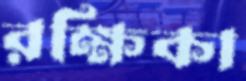
রক্ষিকা